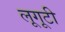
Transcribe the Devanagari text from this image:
लूगूटी